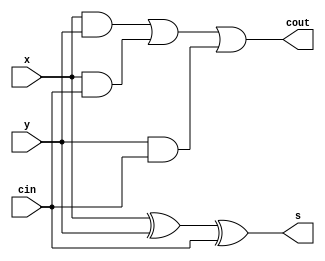
`timescale 1ns / 1ps
//////////////////////////////////////////////////////////////////////////////////
// Company: 
// Engineer: 
// 
// Design Name: 
// Module Name: Full_adder_with_gate_level_modeling
// Project Name: 
// Target Devices: 
// Tool Versions: 
// Description: 
// 
// Dependencies: 
// 
// Revision:
// Revision 0.01 - File Created
// Additional Comments:
// 
//////////////////////////////////////////////////////////////////////////////////


module Full_adder_with_gate_level_modeling(
input x,y,cin,
output s,cout
    );
    wire c1,c2,c3;
    
    xor xor_unit(s,x,y,cin);
    and and_unit1(c1,x,y);
    and and_unit2(c2,x,cin);
    and and_unit3(c3,y,cin);
    or or_unit(cout,c1,c2,c3);
    
endmodule